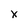
Character: x